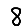
Digit: 8